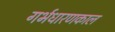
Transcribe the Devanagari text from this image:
गर्भधारणकाल